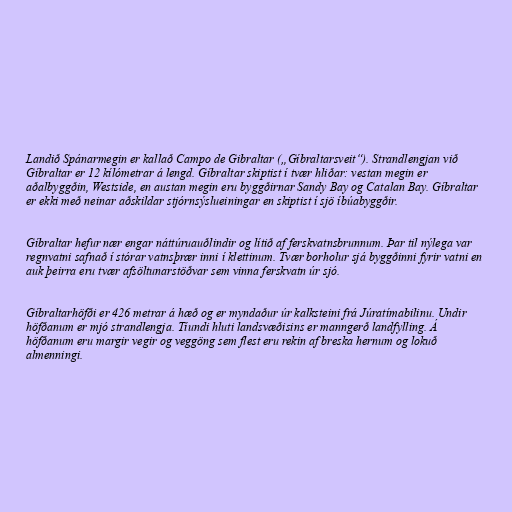
Landið Spánarmegin er kallað Campo de Gibraltar („Gíbraltarsveit“). Strandlengjan við
Gíbraltar er 12 kílómetrar á lengd. Gíbraltar skiptist í tvær hliðar: vestan megin er
aðalbyggðin, Westside, en austan megin eru byggðirnar Sandy Bay og Catalan Bay. Gíbraltar
er ekki með neinar aðskildar stjórnsýslueiningar en skiptist í sjö íbúabyggðir.

Gíbraltar hefur nær engar náttúruauðlindir og lítið af ferskvatnsbrunnum. Þar til nýlega var
regnvatni safnað í stórar vatnsþrær inni í klettinum. Tvær borholur sjá byggðinni fyrir vatni en
auk þeirra eru tvær afsöltunarstöðvar sem vinna ferskvatn úr sjó.

Gíbraltarhöfði er 426 metrar á hæð og er myndaður úr kalksteini frá Júratímabilinu. Undir
höfðanum er mjó strandlengja. Tíundi hluti landsvæðisins er manngerð landfylling. Á
höfðanum eru margir vegir og veggöng sem flest eru rekin af breska hernum og lokuð
almenningi.